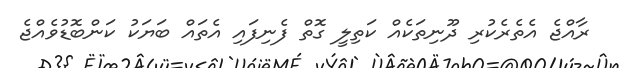
ރާއްޖެ އެތެރެކުރި ދޫނިތަކެއް ކަތިލީ ގޮތް ފެނިފައި އެތައް ބަޔަކު ކަންބޮޑުވެއްޖެ